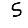
Digit: 5